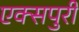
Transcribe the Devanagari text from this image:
एक्‍सपुरी